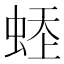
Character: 𧋹